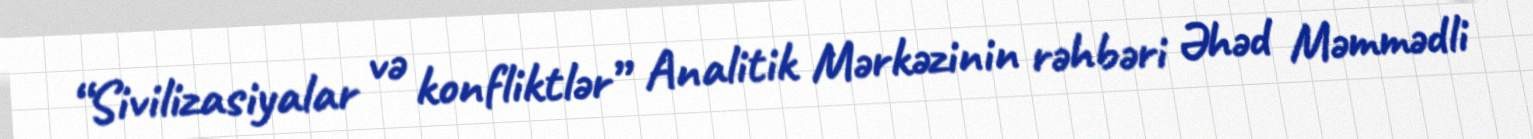
“Sivilizasiyalar və konfliktlər” Analitik Mərkəzinin rəhbəri Əhəd Məmmədli